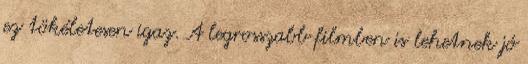
ez tökéletesen igaz. A legrosszabb filmben is lehetnek jó